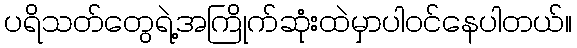
ပရိသတ်တွေရဲ့အကြိုက်ဆုံးထဲမှာပါဝင်နေပါတယ်။